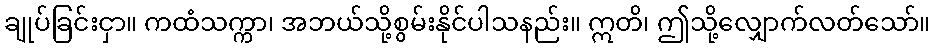
ချုပ်ခြင်းငှာ။ ကထံသက္ကာ၊ အဘယ်သို့စွမ်းနိုင်ပါသနည်း။ ဣတိ၊ ဤသို့လျှောက်လတ်သော်။